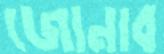
জোনাব